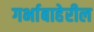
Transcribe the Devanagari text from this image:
गर्भाबाहेरील